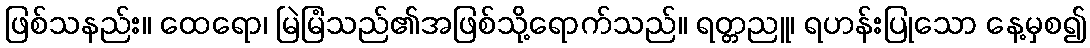
ဖြစ်သနည်း။ ထေရော၊ မြဲမြံသည်၏အဖြစ်သို့ရောက်သည်။ ရတ္တညူ၊ ရဟန်းပြုသော နေ့မှစ၍